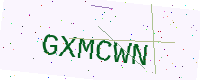
Text: GXMCWN